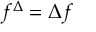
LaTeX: f ^ { \Delta } = \Delta f